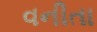
વનીતા